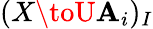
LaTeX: (X\toU\mathbf{A}_{i})_{I}